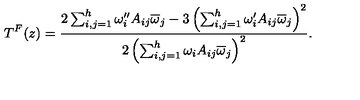
T ^ { F } ( z ) = { \frac { 2 \sum _ { i , j = 1 } ^ { h } \omega _ { i } ^ { \prime \prime } A _ { i j } \overline { \omega } _ { j } - 3 \left( \sum _ { i , j = 1 } ^ { h } \omega _ { i } ^ { \prime } A _ { i j } \overline { \omega } _ { j } \right) ^ { 2 } } { 2 \left( \sum _ { i , j = 1 } ^ { h } \omega _ { i } A _ { i j } \overline { \omega } _ { j } \right) ^ { 2 } } } .